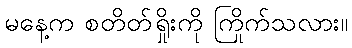
မနေ့က စတိတ်ရှိုးကို ကြိုက်သလား။